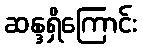
ဆန္ဒရှိကြောင်း